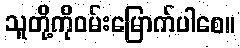
သူတို့ကိုဝမ်းမြောက်ပါစေ။